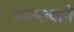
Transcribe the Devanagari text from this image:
मानल्यानें